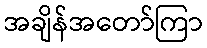
အချိန်အတော်ကြာ